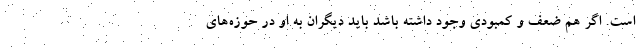
است. اگر هم ضعف و کمبودی وجود داشته باشد باید دیگران به او در حوزه‌های